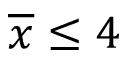
\overline { { x } } \leq 4